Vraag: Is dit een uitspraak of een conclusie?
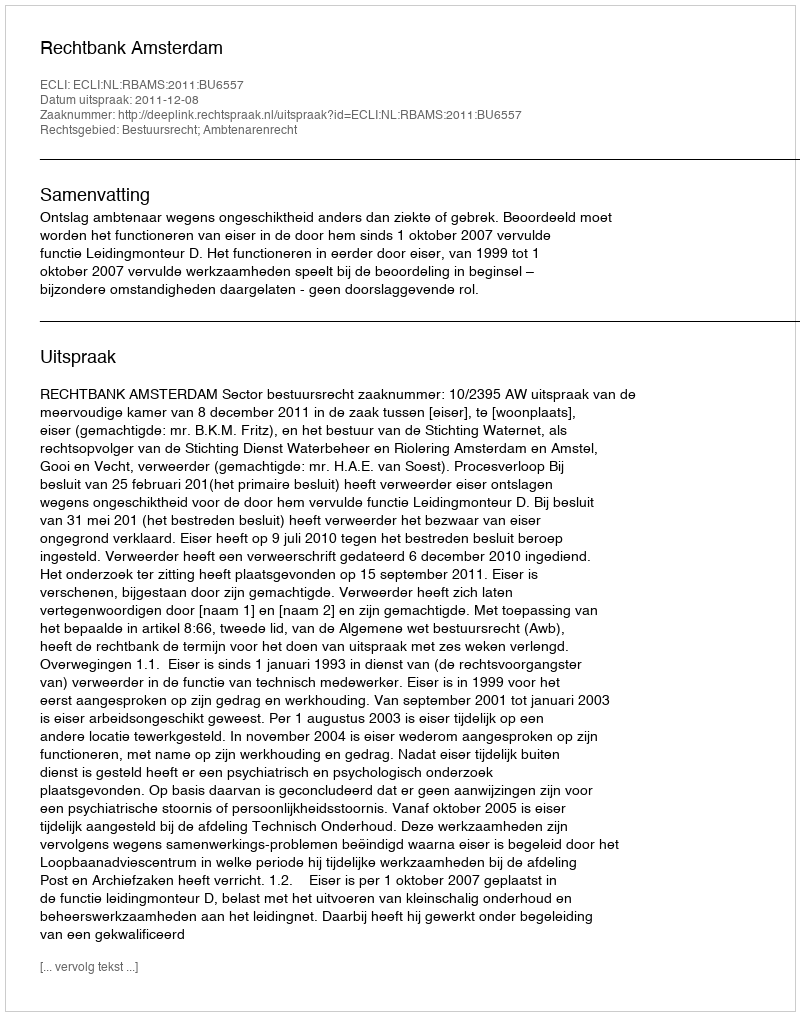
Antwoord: Uitspraak